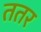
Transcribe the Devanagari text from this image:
ततर